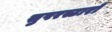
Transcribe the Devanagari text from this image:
सुपरस्टारों